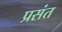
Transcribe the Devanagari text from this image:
प्रसंत